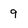
Character: 9